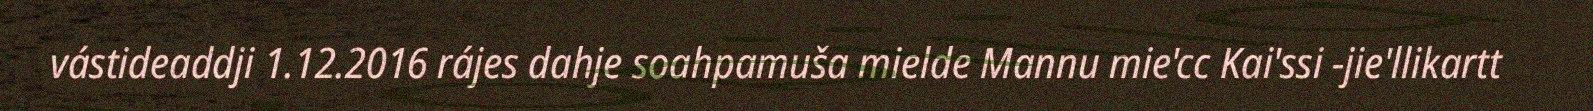
vástideaddji 1.12.2016 rájes dahje soahpamuša mielde Mannu mie'cc Kai'ssi -jie'llikartt